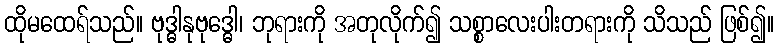
ထိုမထေရ်သည်။ ဗုဒ္ဓါနုဗုဒ္ဓေါ၊ ဘုရားကို အတုလိုက်၍ သစ္စာလေးပါးတရားကို သိသည် ဖြစ်၍။